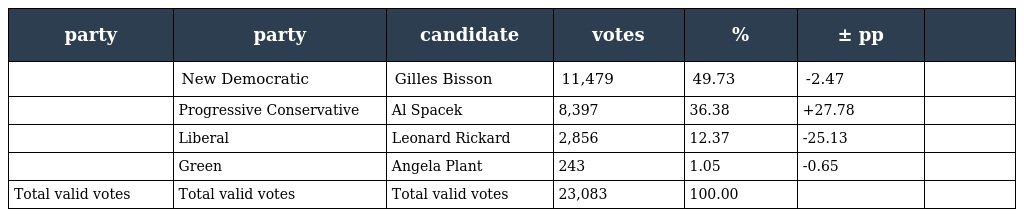
| party | party | candidate | votes | % | ± pp |  |
 | --- | --- | --- | --- | --- | --- | --- |
 |  | New Democratic | Gilles Bisson | 11,479 | 49.73 | -2.47 |  |
 |  | Progressive Conservative | Al Spacek | 8,397 | 36.38 | +27.78 |  |
 |  | Liberal | Leonard Rickard | 2,856 | 12.37 | -25.13 |  |
 |  | Green | Angela Plant | 243 | 1.05 | -0.65 |  |
 | Total valid votes | Total valid votes | Total valid votes | 23,083 | 100.00 |  |  |